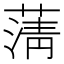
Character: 蔳